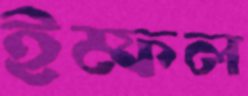
ইম্ফল